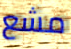
مشع